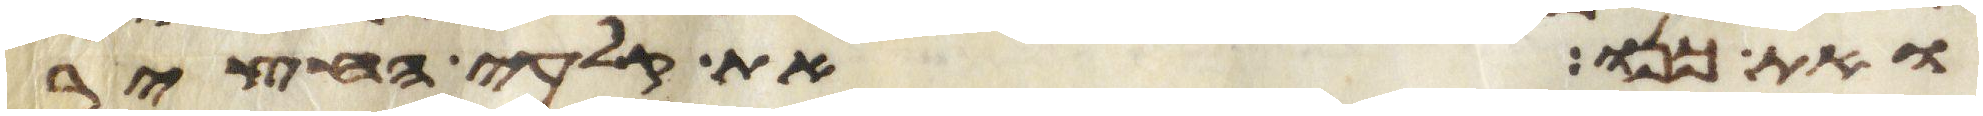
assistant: ואת כנו את קלעי החצר